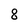
Character: 8